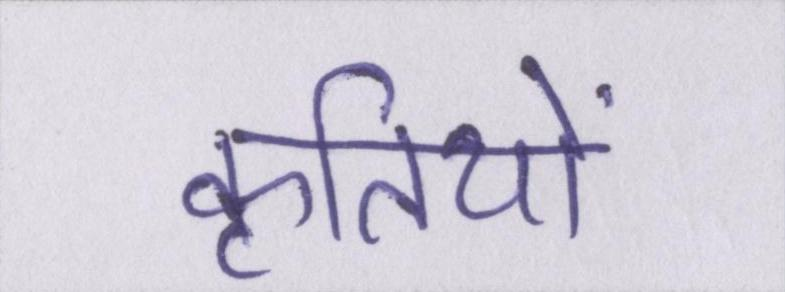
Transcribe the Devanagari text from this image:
कृतियों